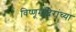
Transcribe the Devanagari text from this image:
विष्णूमंदिरांच्या